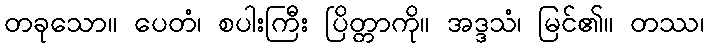
တခုသော။ ပေတံ၊ စပါးကြီး ပြိတ္တာကို။ အဒ္ဒသံ၊ မြင်၏။ တဿ၊